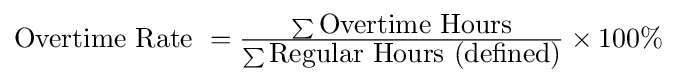
\textstyle {{\mbox{Overtime Rate }}={\frac {\sum {\mbox{Overtime Hours}}}{\sum {\mbox{Regular Hours (defined)}}}}}\times 100\%